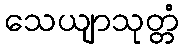
သေယျာသုတ္တံ